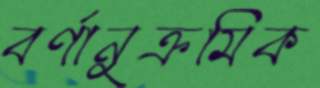
বর্ণানুক্রমিক